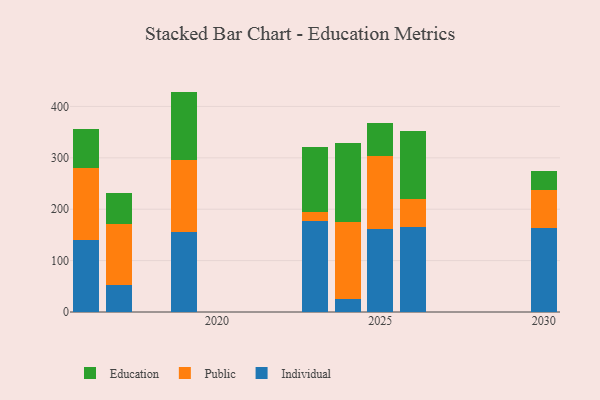
{"axis": {"x": "Year", "y": "Customer Acquisition Cost (USD)"}, "legend": ["Education", "Individual", "Public"], "data": [{"x": "2030", "y": 164.1, "type": "Individual"}, {"x": "2030", "y": 73.7, "type": "Public"}, {"x": "2030", "y": 36.0, "type": "Education"}, {"x": "2023", "y": 176.6, "type": "Individual"}, {"x": "2023", "y": 18.3, "type": "Public"}, {"x": "2023", "y": 127.1, "type": "Education"}, {"x": "2016", "y": 139.2, "type": "Individual"}, {"x": "2016", "y": 141.9, "type": "Public"}, {"x": "2016", "y": 74.4, "type": "Education"}, {"x": "2017", "y": 53.0, "type": "Individual"}, {"x": "2017", "y": 118.0, "type": "Public"}, {"x": "2017", "y": 60.6, "type": "Education"}, {"x": "2024", "y": 25.2, "type": "Individual"}, {"x": "2024", "y": 150.3, "type": "Public"}, {"x": "2024", "y": 153.6, "type": "Education"}, {"x": "2026", "y": 165.7, "type": "Individual"}, {"x": "2026", "y": 53.6, "type": "Public"}, {"x": "2026", "y": 133.2, "type": "Education"}, {"x": "2019", "y": 154.9, "type": "Individual"}, {"x": "2019", "y": 140.7, "type": "Public"}, {"x": "2019", "y": 133.3, "type": "Education"}, {"x": "2025", "y": 162.1, "type": "Individual"}, {"x": "2025", "y": 141.6, "type": "Public"}, {"x": "2025", "y": 63.7, "type": "Education"}]}